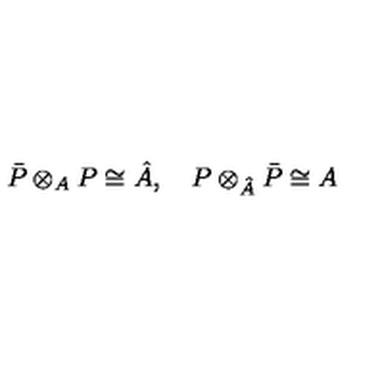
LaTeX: \bar { P } \otimes _ { A } P \cong \hat { A } , \quad P \otimes _ { \hat { A } } \bar { P } \cong A